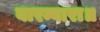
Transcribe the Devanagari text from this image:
बारम्बारा॥